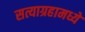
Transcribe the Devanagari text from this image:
सत्याग्रहामध्ये